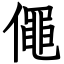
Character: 僶